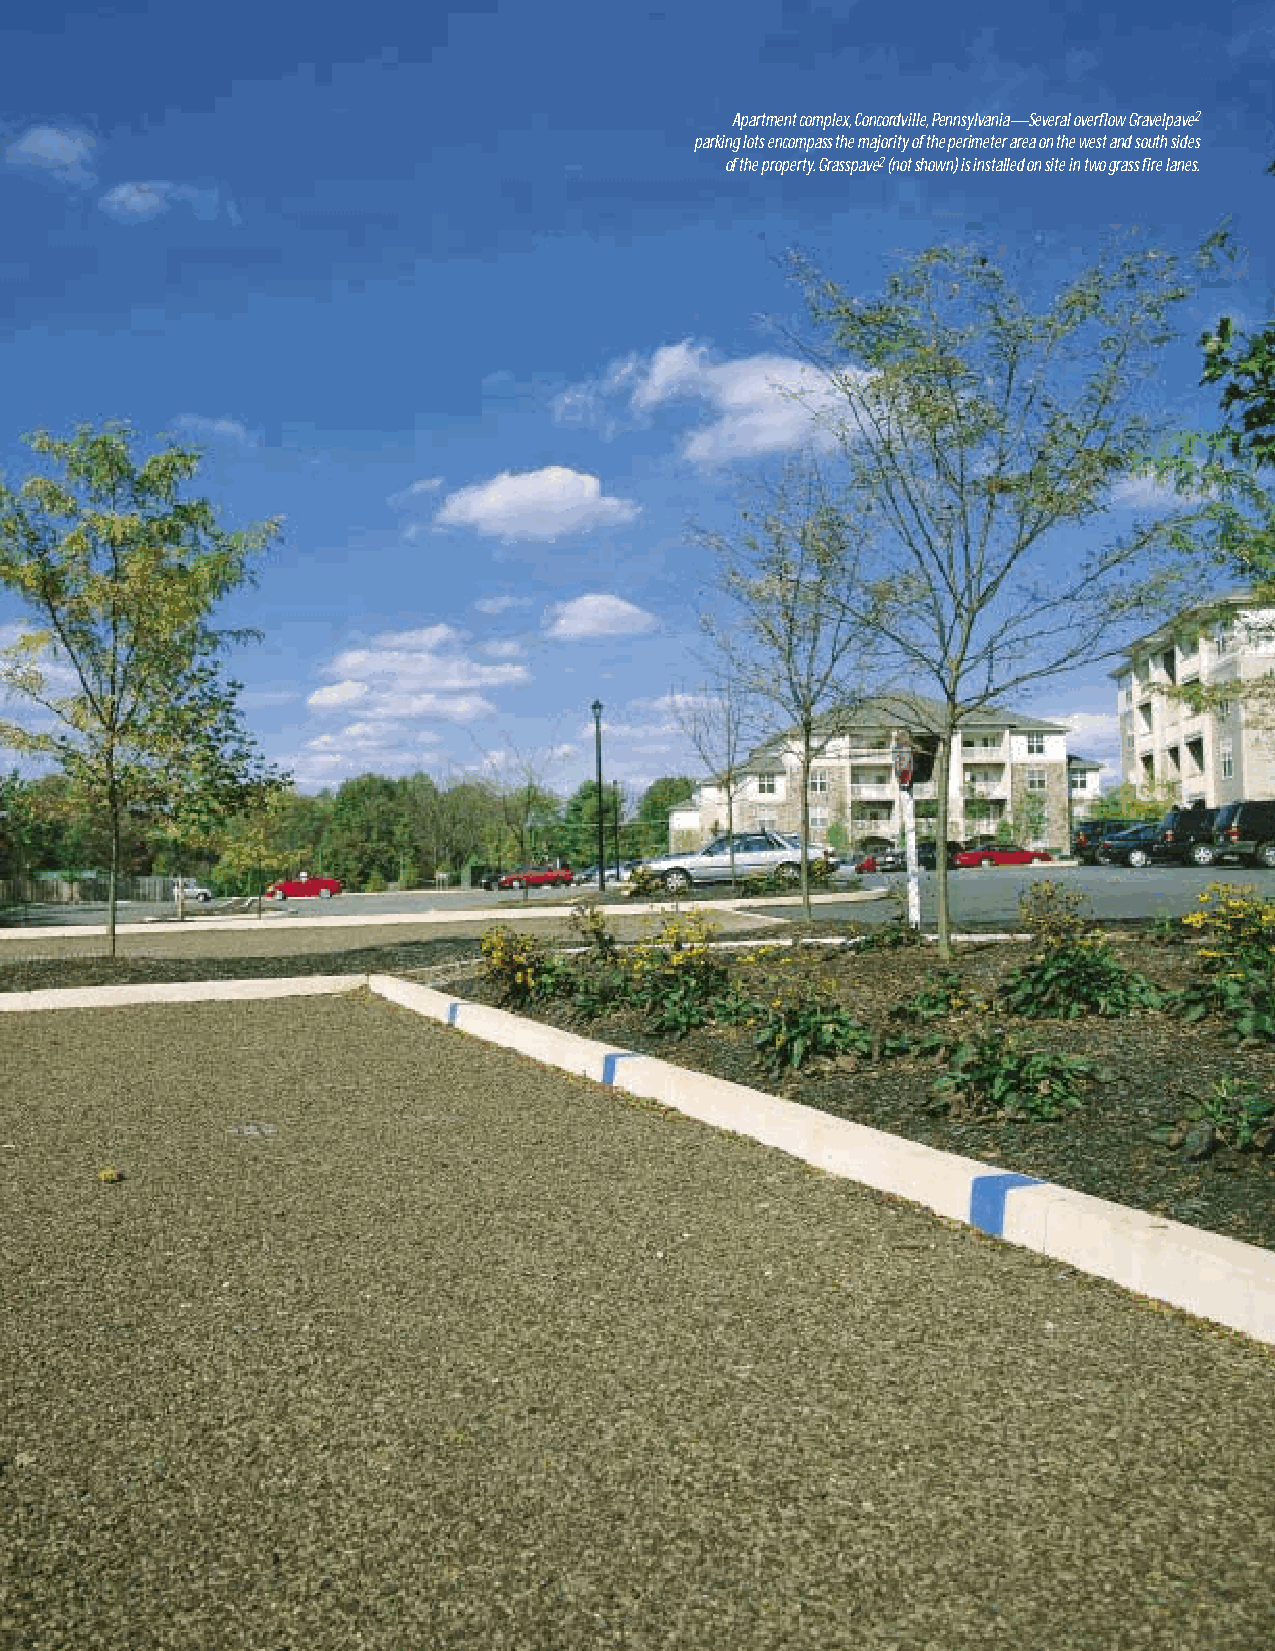
Apartment complex,Concordville,Pennsylvania—Several overflow Gravelpave2
 parking lots encompass the majority of the perimeter area on the west and south sides
 of the property.Grasspave2(not shown) is installed on site in two grass fire lanes.